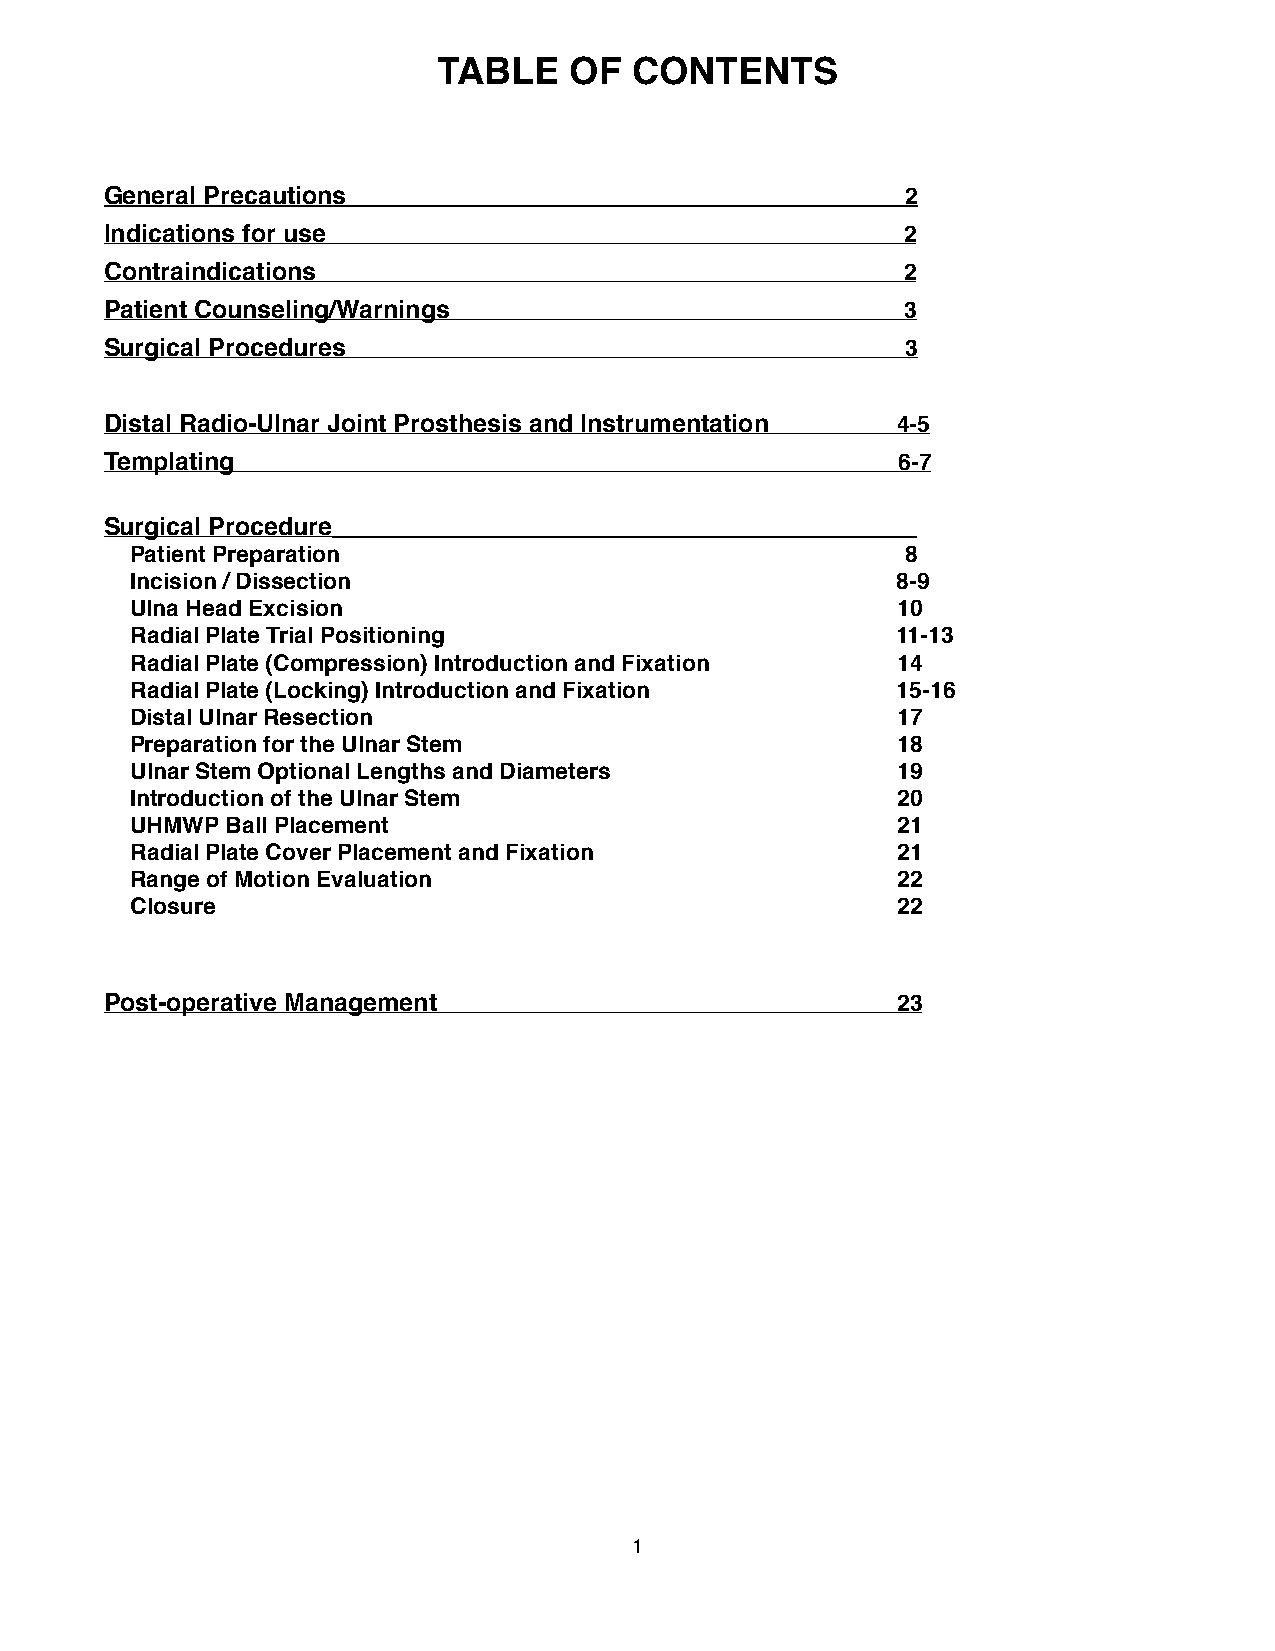
TABLE    OF  CONTENTS
 General Precautions                                  2
 Indications for use                                  2
 Contraindications                                    2
 Patient Counseling/Warnings                          3
 Surgical Procedures                                  3
 Distal Radio-Ulnar Joint Prosthesis and Instrumentation 4-5
 Templating                                          6-7
 Surgical Procedure__________________________________________
 Patient Preparation                                8
 Incision / Dissection                             8-9
 Ulna Head Excision                                10
 Radial Plate Trial Positioning                    11-13
 Radial Plate (Compression) Introduction and Fixation 14
 Radial Plate (Locking) Introduction and Fixation  15-16
 Distal Ulnar Resection                            17
 Preparation for the Ulnar Stem                    18
 Ulnar Stem Optional Lengths and Diameters         19
 Introduction of the Ulnar Stem                    20
 UHMWP Ball Placement                              21
 Radial Plate Cover Placement and Fixation         21
 Range of Motion Evaluation                        22
 Closure                                           22
 Post-operative Management                           23
 1